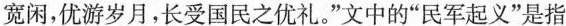
宽闲，优游岁月，长受国民之优礼。”文中的“民军起义”是指